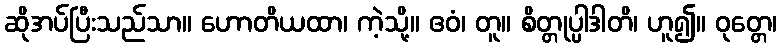
ဆိုအပ်ပြီးသည်သာ။ ဟောတိယထာ၊ ကဲ့သို့။ ဧဝံ၊ တူ။ စိတ္တုပ္ပါဒါတိ၊ ဟူ၍။ ဝုတ္တေ၊